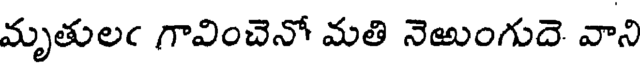
మృతులఁ గావించెనో మతి నెఱుంగుదె వాని